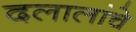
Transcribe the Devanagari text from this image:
दलालांचे